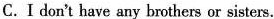
C. I don't have any brothers or sisters.